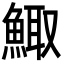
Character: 鯫